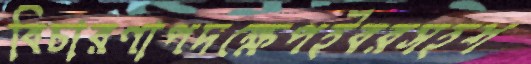
বিচারণাপদক্ষেপইবরসহশ